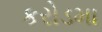
કરોડમા